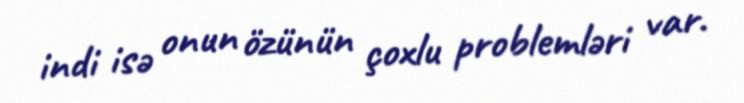
indi isə onun özünün çoxlu problemləri var.